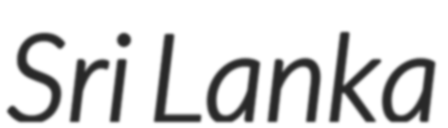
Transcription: Sri Lanka